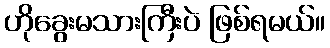
ဟိုခွေးမသားကြီးပဲ ဖြစ်ရမယ်။